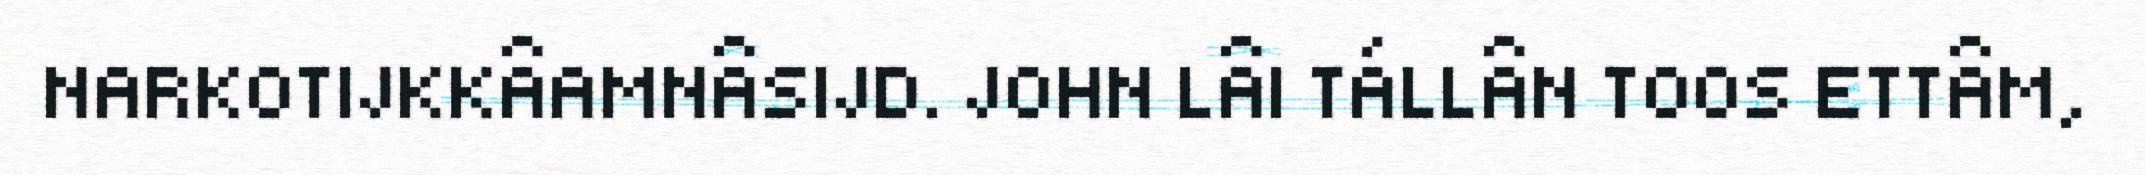
NARKOTIJKKÂAMNÂSIJD. JOHN LÂI TÁLLÂN TOOS ETTÂM,